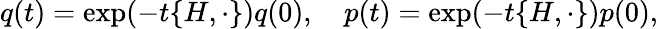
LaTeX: q(t)=\exp(-t\{ H,\cdot\} )q(0),\quad p(t)=\exp(-t\{ H,\cdot\} )p(0),